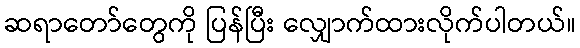
ဆရာတော်တွေကို ပြန်ပြီး လျှောက်ထားလိုက်ပါတယ်။